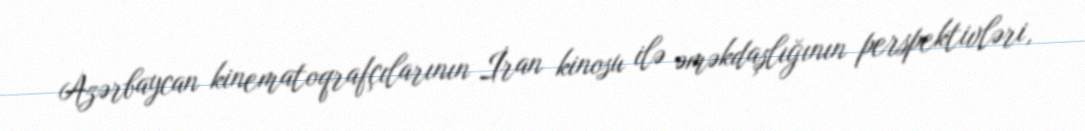
Azərbaycan kinematoqrafçılarının İran kinosu ilə əməkdaşlığının perspektivləri,